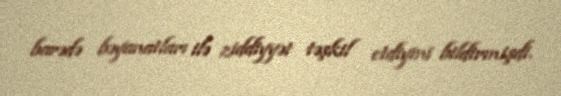
barədə bəyanatları ilə ziddiyyət təşkil etdiyini bildirmişdi.